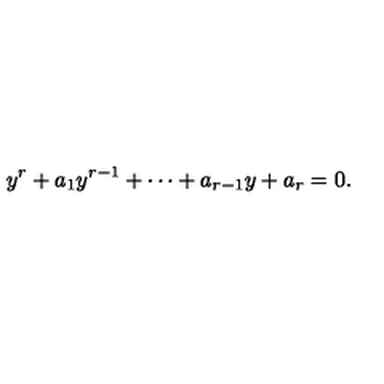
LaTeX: y ^ { r } + a _ { 1 } y ^ { r - 1 } + \cdots + a _ { r - 1 } y + a _ { r } = 0 .